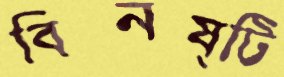
বিনষ্টি